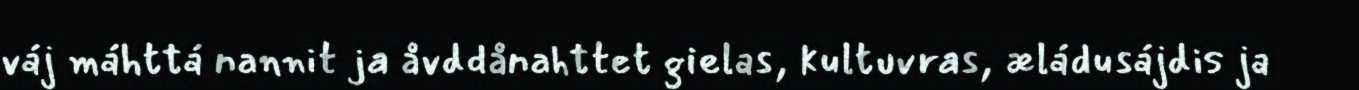
váj máhttá nannit ja åvddånahttet gielas, kultuvras, æládusájdis ja